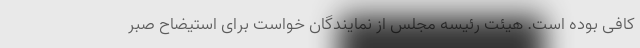
کافی بوده است. هیئت رئیسه مجلس از نمایندگان خواست برای استیضاح صبر